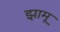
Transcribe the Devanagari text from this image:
झामू